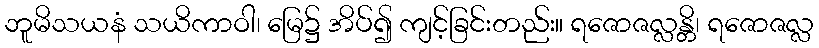
ဘူမိသယနံ သယိကာဝါ၊ မြေ၌ အိပ်၍ ကျင့်ခြင်းတည်း။ ရဇောဇလ္လန္တိ၊ ရဇောဇလ္လ